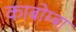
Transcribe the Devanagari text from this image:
काबोम्बा